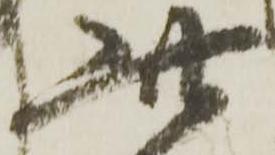
此